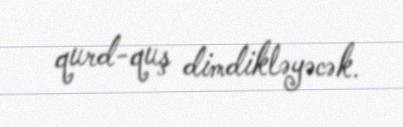
qurd-quş dimdikləyəcək.